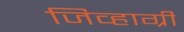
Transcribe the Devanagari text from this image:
जिव्हाग्री